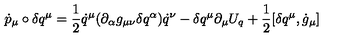
\dot { p } _ { \mu } \circ \delta q ^ { \mu } = \frac { 1 } { 2 } \dot { q } ^ { \mu } ( \partial _ { \alpha } g _ { \mu \nu } \delta q ^ { \alpha } ) \dot { q } ^ { \nu } - \delta q ^ { \mu } \partial _ { \mu } U _ { q } + \frac { 1 } { 2 } [ \delta q ^ { \mu } , \dot { g } _ { \mu } ]